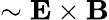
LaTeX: \sim{\mathbf E}\times{\mathbf B}